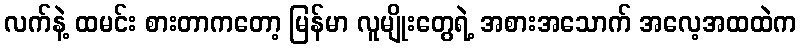
လက်နဲ့ ထမင်း စားတာကတော့ မြန်မာ လူမျိုးတွေရဲ့ အစားအသောက် အလေ့အထထဲက